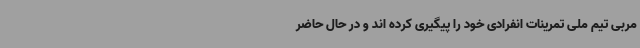
مربی تیم ملی تمرینات انفرادی خود را پیگیری کرده اند و در حال حاضر